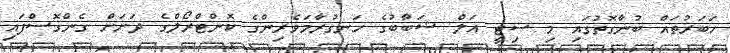
ހަބަރުތައް ބުނާގޮތުގައި މި ސިޓީ އަލް ޝަބާބުގެ ހަނގުރާމަވެރިންގެ ކޮންޓްރޯލްގެ ދަށަށް ގެންގޮސްފައި